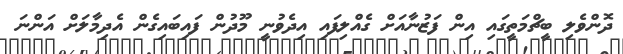
ދޮންވެލި ބީޗްމަތީގައި އިން ފަޒުނާއަށް ގެއްލިފައި އިދެވުނީ މޫދުން ފައިބައިގެން އެދިމާލަށް އަންނަ